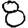
Digit: 8